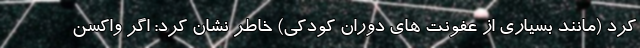
کرد (مانند بسیاری از عفونت های دوران کودکی) خاطر نشان کرد: اگر واکسن